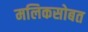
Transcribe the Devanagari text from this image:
मलिकसोबत